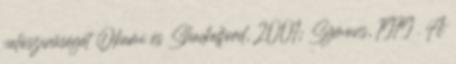
valószínűségét Okami és Shackelford, 2001; Symons, 1979 . A